Reports on dispensaries and lunatic asylums in the Province of Oudh - 1869-1876
Year: 1869
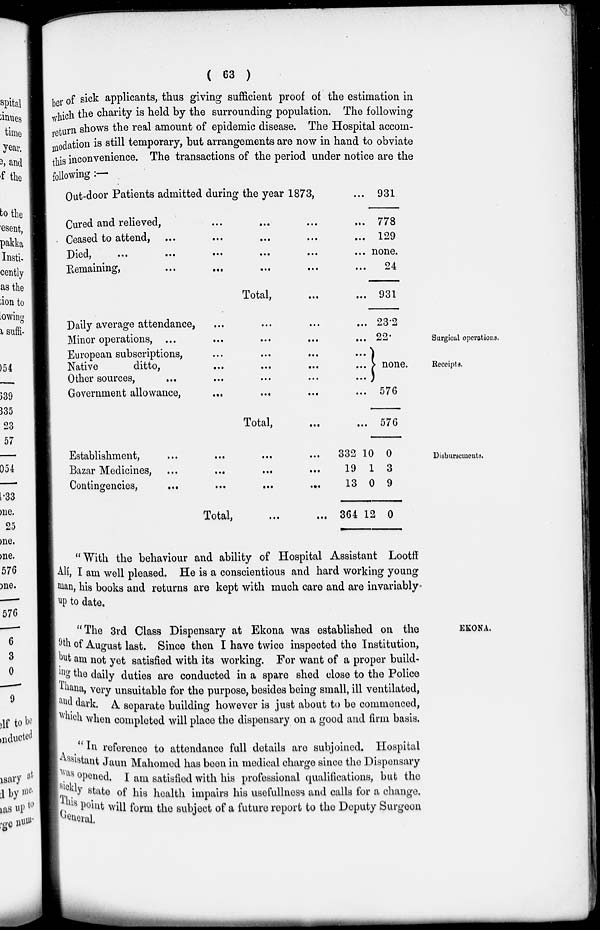
( 63 )
ber of sick applicants , thus giving sufficient proof of the estimation in
which the charity is held by the surrounding population. The following
return shows the real amount of epidemic disease. The Hospital accom-
modation is still temporary, but arrangements are now in hand to obviate
this inconvenience. The transactions of the period under notice are the
following:—
Out-door Patients admitted during the year 1873, ...
Cured and relieved, ... ... ... ...
Ceased to attend, ... ... ... ... ... ...
Died, ... ... ... ... ... ...
Remaining,
...
...
...
...
...
Total,
...
...
931
778
129
none.
24
931
Surgical operations.
Receipts.
Daily average attendance, ... ... ... ...
Minor operations, ... ... ... ... ...
European subscriptions, ... ... ... ...
Native
ditto, ... ... ... ...
Other sources, ... ... ... ... ...
Government allowance, ... ... ... ...
Total,
...
...
23.2
22.
none.
576
576
Disbursements.
Establishment, ... ... ... ...
Bazar Medicines, ... ... ... ...
Contingencies,
...
...
...
...
Total,
...
...
332
19
13
364
10
1
0
12
0
3
9
0
"With the behaviour and ability of Hospital Assistant Lootff
Alí , I am well pleased. He is a conscientious and hard working young
man, his books and returns are kept with much care and are invariably.
up to date.
EKONA.
"The 3rd Class Dispensary at Ekona was established on the
9th of August last. Since then I have twice inspected the Institution,
but am not yet satisfied with its working. For want of a proper build-
ing the daily duties are conducted in a spare shed close to the Police
Thana very unsuitable for the purpose, besides being small, ill ventilated,
dark. A separate building however is just about to be commenced,
which when completed will place the dispensary on a good and firm basis.
In reference to attendance full details are subjoined. Hospital
Assistant Jaun Mahomed has been in medical charge since the Dispensary
was opened. I am satisfied with his professional qualifications, but the
sickly
state of his health impairs his usefullness and calls for a change.
This point will form the subject of a future report to the Deputy Surgeon
General.